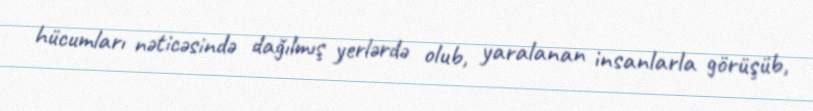
hücumları nəticəsində dağılmış yerlərdə olub, yaralanan insanlarla görüşüb,